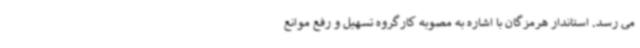
می رسد. استاندار هرمزگان با اشاره به مصوبه کارگروه تسهیل و رفع موانع